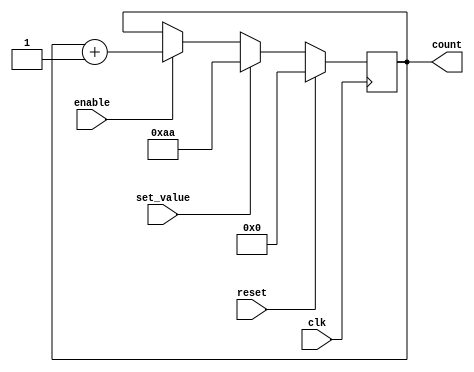
module binary_counter (
    input clk,
    input enable,
    input reset,
    input set_value,
    output reg [7:0] count
);

always @(posedge clk) begin
    if (reset) begin
        count <= 8'b00000000;
    end else if (set_value) begin
        count <= 8'b10101010; // setting a specific value for demonstration
    end else if (enable) begin
        count <= count + 1;
    end
end

endmodule